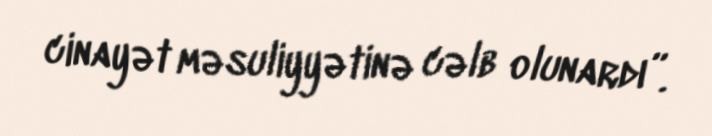
cinayət məsuliyyətinə cəlb olunardı”.